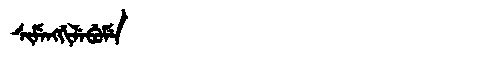
Manchu: ᠰᡳᠮᡝᠩᡤᡳᠯᡝᠪᡠᠮᡝ
Romanization: SIMENGGILEBUME